Civil Veterinary Department Bihar & Orissa reports 1929-36 - 1929-1936
Year: 1929
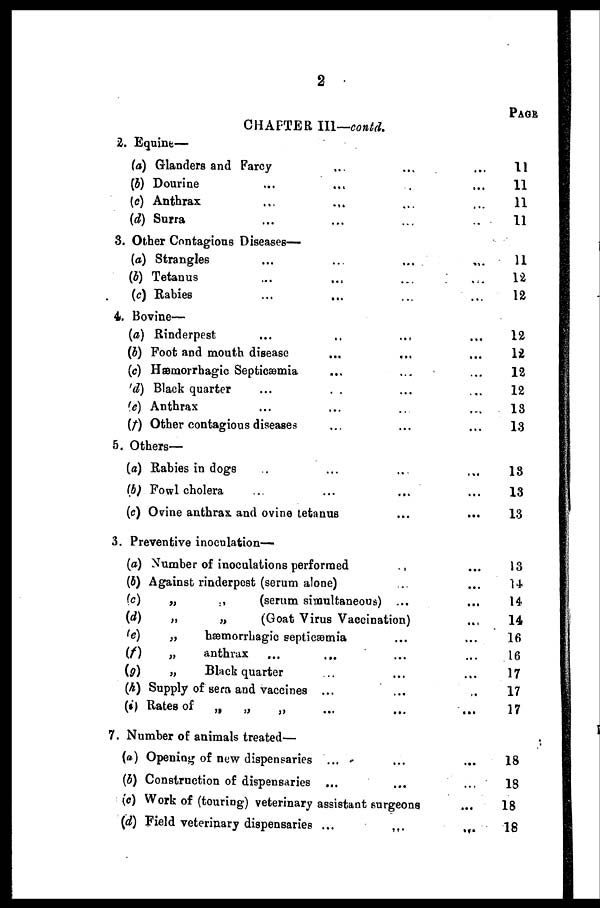
2
CHAPTER III—contd.
2. Equine—
(a) Glanders and Farcy ... ... ...
(b) Dourine ... ... ... ...
(c) Anthrax ... ... ... ...
(d) Surra ... ... ...
3. Other Contagious Diseases—
(a) Strangles ... ... ... ...
(b) Tetanus ... ... ... ...
(c) Rabies ... ... ... ...
4. Bovine—
(a) Rinderpest ... ... ... ...
(b) Foot and mouth disease ... ... ...
(c) Hæmorrhagic Septicæmia ... ...
(d) Black quarter ... ... ... ...
(e) Anthrax ... ... ... ...
(f) Other contagious diseases ... ... ...
5. Others—
(a) Rabies in dogs ... ... ... ...
(b) Fowl cholera
...
...
...
...
(c) Ovine anthrax and ovine tetanus ... ...
3. Preventive inoculation—
(a) Number of inoculations performed
...
...
(b) Against rinderpest (serum alone) ... ...
(c)
„
„
(serum simultaneous) ... ...
(d)
„
„
(Goat Virus Vaccination) ...
(e)
„
hæmorrhagic septicæmia ... ...
(f)
„
anthrax ... ... ... ...
(g)
„
Black quarter ... ... ...
(h) Supply of sera and vaccines ... ... ...
(i) Rates of
„
„ „ ...
7. Number of animals treated—
(a) Opening of new dispensaries ... ... ...
(b) Construction of dispensaries ... ... ...
(e) Work of (touring) veterinary assistant surgeons ...
(d) Field veterinary dispensaries ...
...
...
PAGE
11
11
11
11
11
12
12
12
12
12
12
13
13
13
13
13
13
14
14
14
16
16
17
17
17
18
18
18
18